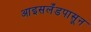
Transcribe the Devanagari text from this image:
आइसलँडपासून